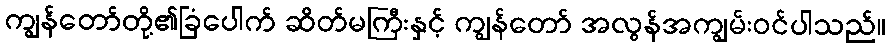
ကျွန်တော်တို့၏ခြံပေါက် ဆိတ်မကြီးနှင့် ကျွန်တော် အလွန်အကျွမ်းဝင်ပါသည်။